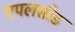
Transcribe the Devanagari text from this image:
एपलसीड